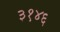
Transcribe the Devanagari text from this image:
३१४६